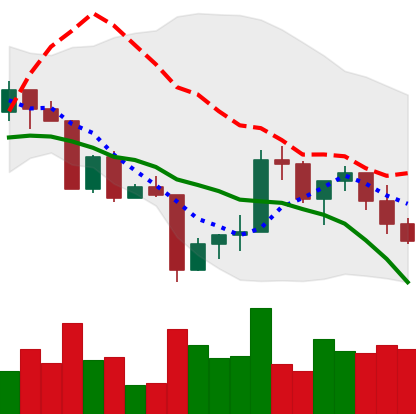
Ticker: XRP-USD
Chart end date: 2022-04-22
Forward return: -9.299%
Label: down_7plus